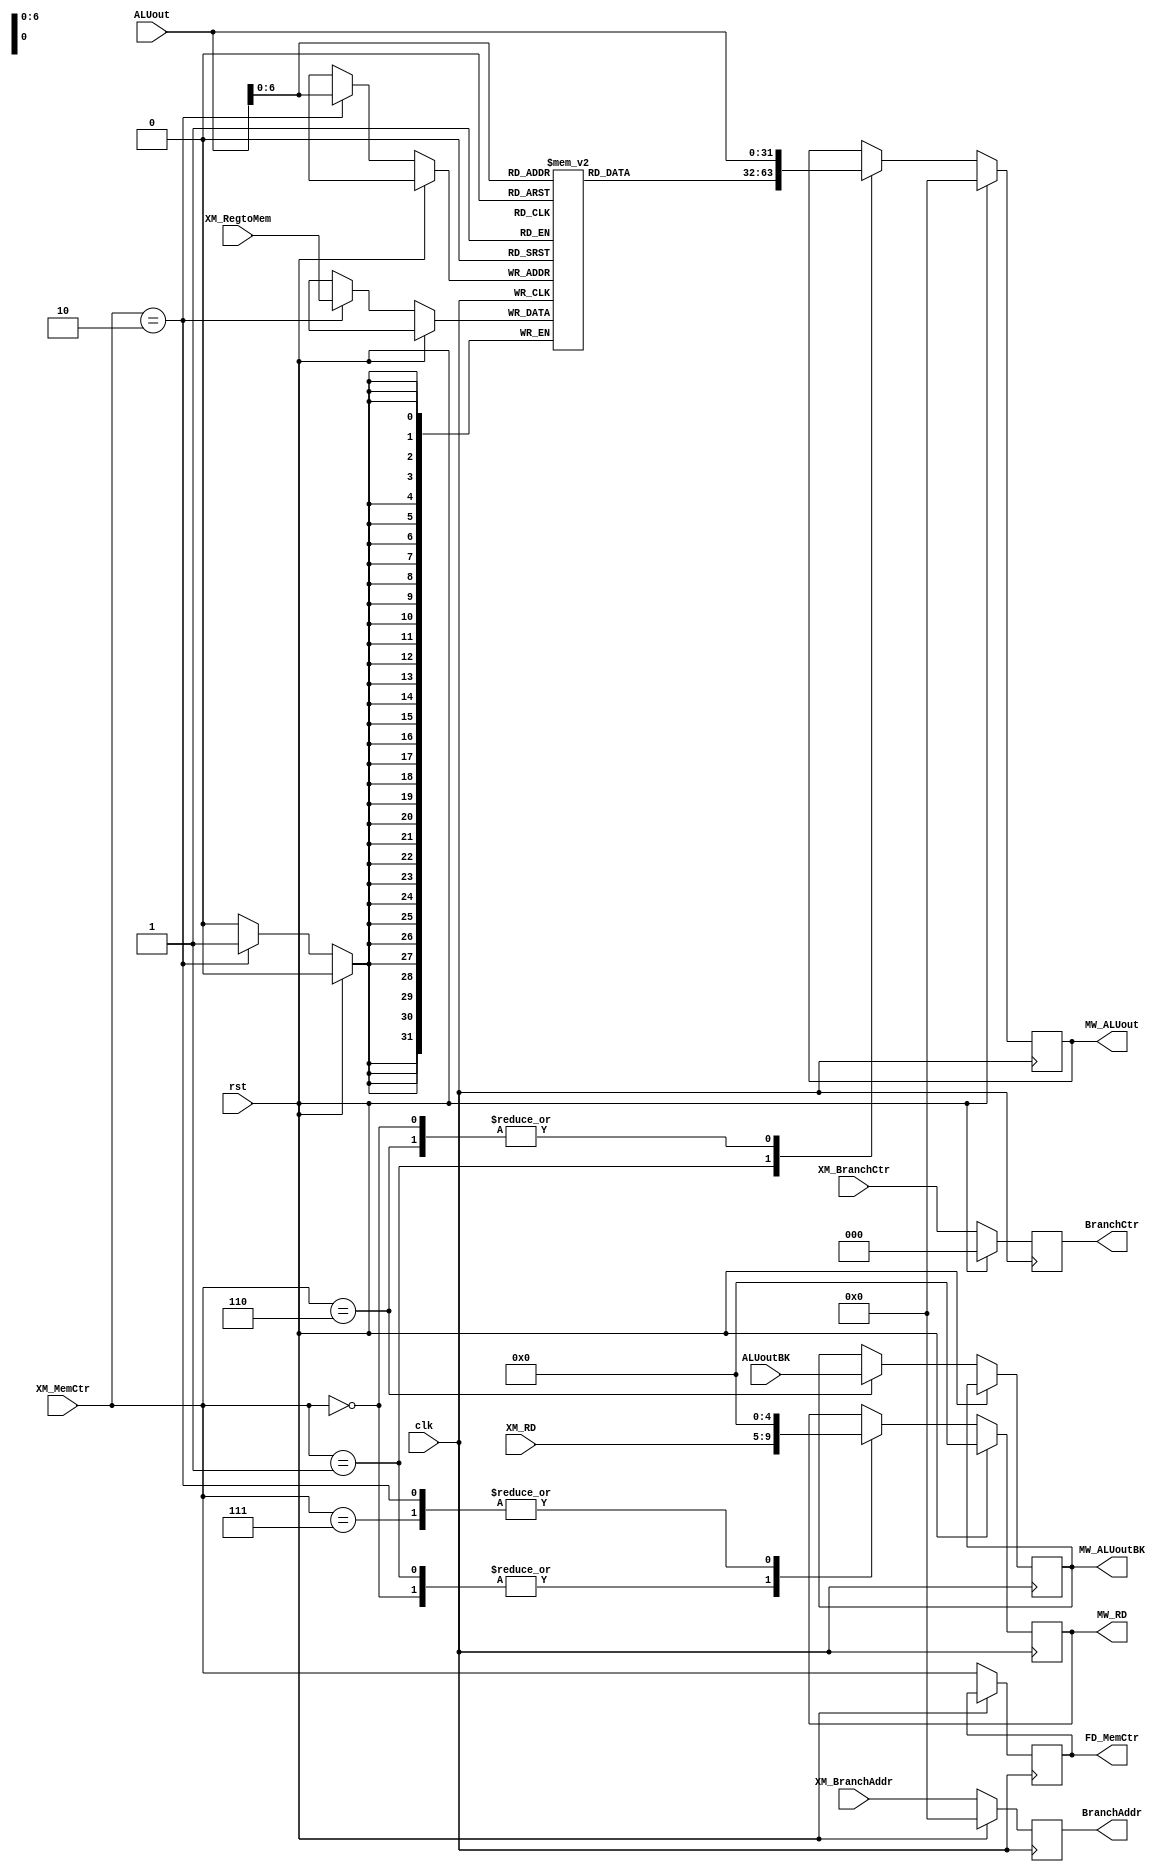
`timescale 1ns/1ps

module MEMORY(
    clk,
    rst,
    ALUout,
    ALUoutBK,
    XM_RD,
    XM_BranchCtr,
    XM_BranchAddr,
    XM_MemCtr,
    XM_RegtoMem,
    
    MW_ALUout,
    MW_ALUoutBK,
    BranchCtr,
    BranchAddr,
    FD_MemCtr,
    MW_RD,
);
input clk, rst;
input [31:0] ALUout;
input [31:0] ALUoutBK;
input [4:0] XM_RD;
input [2:0] XM_MemCtr;
input [31:0] XM_RegtoMem;
input [2:0] XM_BranchCtr;
input [31:0] XM_BranchAddr;

output reg [31:0] MW_ALUout;
output reg [31:0] MW_ALUoutBK;
output reg [4:0] MW_RD;
output reg [2:0] BranchCtr;
output reg [31:0] BranchAddr;
output reg [2:0] FD_MemCtr;

//data memory
reg [31:0] DM [0:127];
/*
//always store word to data memory
always @(posedge clk)
  if(XM_MemWrite)
    DM[ALUout[6:0]] <= XM_MD;
*/

//send to Dst REG: "load word from data memory" or  "ALUout"
always @(posedge clk)
begin
  if(rst)
    begin
      MW_ALUout <=  32'b0;
      MW_RD     <=  5'b0;
      BranchCtr <= 3'd0;
      BranchAddr <= 32'd0;
      $display("MERESET");
    end
  else
    begin
      BranchCtr <= XM_BranchCtr;
      BranchAddr <= XM_BranchAddr;
      FD_MemCtr <= XM_MemCtr;
      case(XM_MemCtr)
        3'd0:// Write to Register
          begin
            MW_ALUout   <=  ALUout;
            MW_RD     <=  XM_RD;
          end
        3'd1:// Read DM and load to register
          begin
            MW_ALUout   <=  DM[ALUout];
            MW_RD     <=  XM_RD;
          end
        3'd2:// Read register and load to DM
          begin
            DM[ALUout]   <=  XM_RegtoMem;
            MW_RD     <=  5'b0;
          end
        3'd6: // HI LO USAGE
          begin
            MW_ALUout     <=  ALUout;
            MW_ALUoutBK     <=  ALUoutBK;
          end
        3'd7: // DO NOTHING
          begin
            MW_RD     <=  5'b0;
          end
      endcase
      //$display("MEX: %b", XM_BranchCtr);
      //$display("MEB: %b", BranchCtr);
      //$display("MEADR: %b", BranchAddr);
    end
end

endmodule